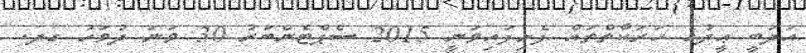
އަދަބީ ޢީދުގެ ހަރަކާތްތައް ފެށިފައިވަނީ 2015 ސެޕްޓެންބަރު 30 ވަނަ ދުވަހު ގދ.